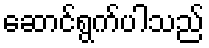
ဆောင်ရွက်ပါသည်